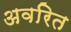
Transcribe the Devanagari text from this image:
अवरित